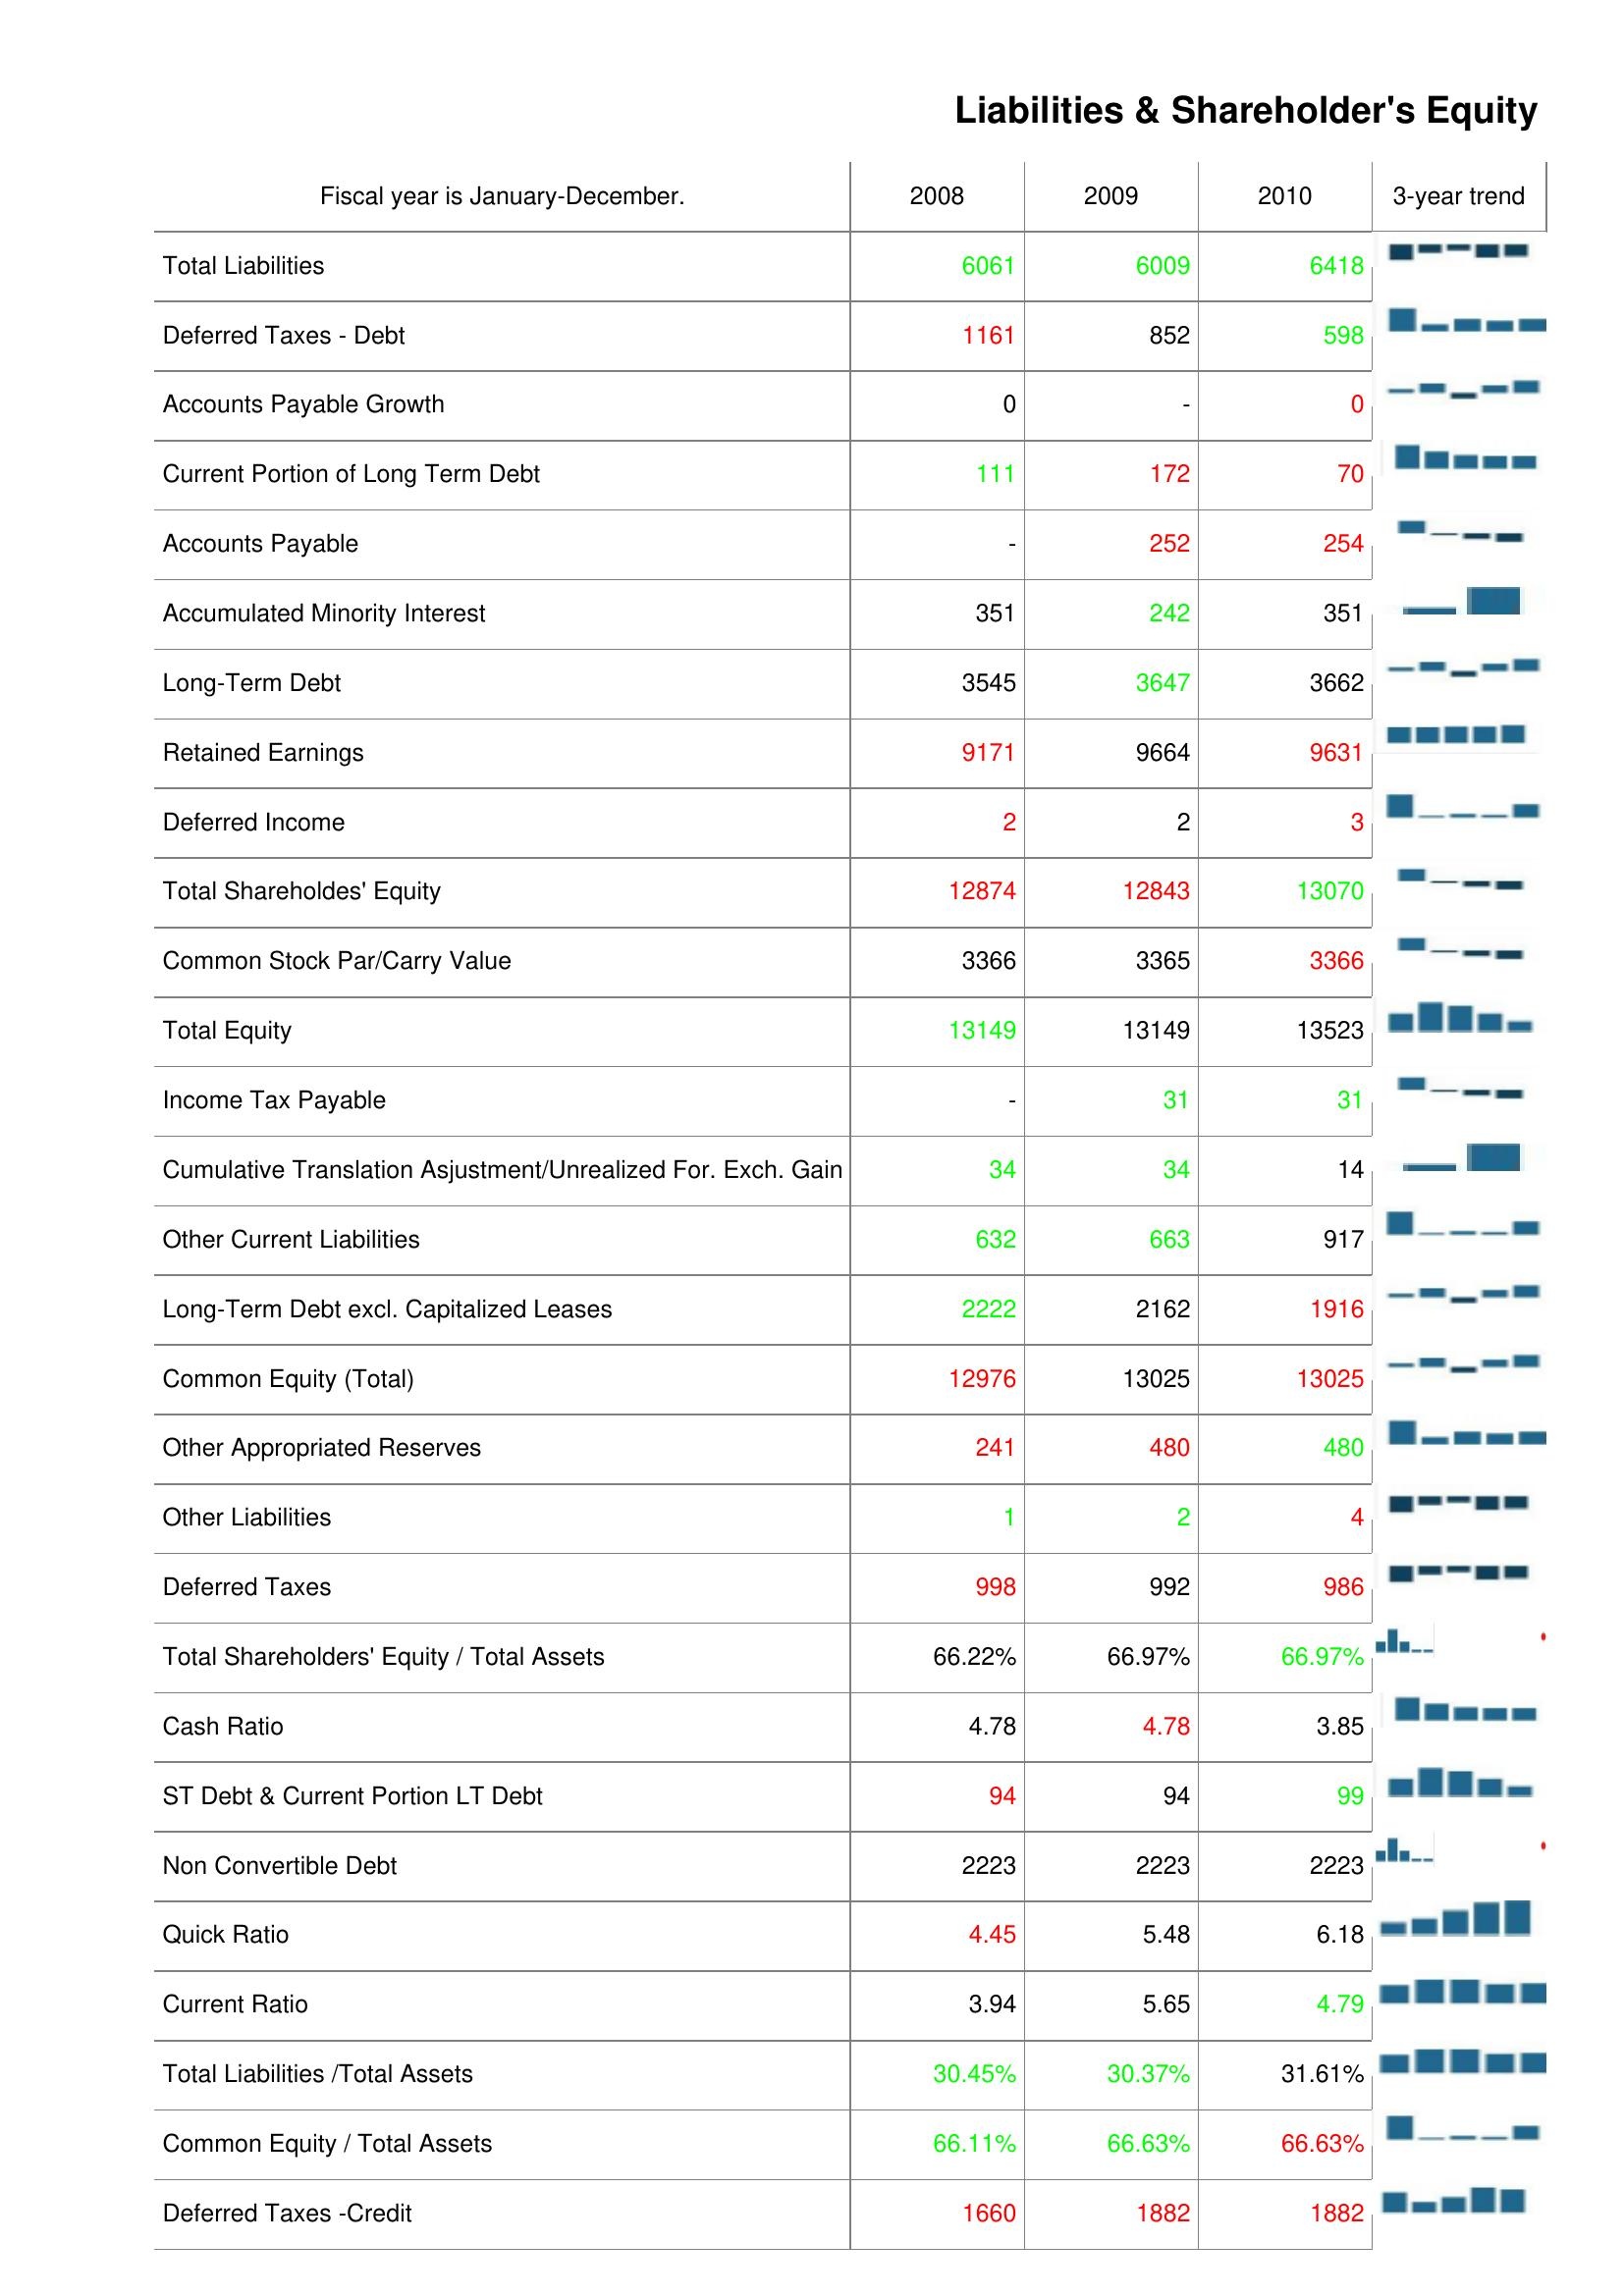
2008: Liabilities & Shareholder's Equity: Total Liabilities: 6061
Deferred Taxes - Debt: 1161
Accounts Payable Growth: 0
Current Portion of Long Term Debt: 111
Accounts Payable: -
Accumulated Minority Interest: 351
Long-Term Debt: 3545
Retained Earnings: 9171
Deferred Income: 2
Total Shareholdes' Equity: 12874
Common Stock Par/Carry Value: 3366
Total Equity: 13149
Income Tax Payable: -
Cumulative Translation Asjustment/Unrealized For. Exch. Gain: 34
Other Current Liabilities: 632
Long-Term Debt excl. Capitalized Leases: 2222
Common Equity (Total): 12976
Other Appropriated Reserves: 241
Other Liabilities: 1
Deferred Taxes: 998
Total Shareholders' Equity / Total Assets: 66.22%
Cash Ratio: 4.78
ST Debt & Current Portion LT Debt: 94
Non Convertible Debt: 2223
Quick Ratio: 4.45
Current Ratio: 3.94
Total Liabilities /Total Assets: 30.45%
Common Equity / Total Assets: 66.11%
Deferred Taxes -Credit: 1660
2009: Liabilities & Shareholder's Equity: Total Liabilities: 6009
Deferred Taxes - Debt: 852
Accounts Payable Growth: -
Current Portion of Long Term Debt: 172
Accounts Payable: 252
Accumulated Minority Interest: 242
Long-Term Debt: 3647
Retained Earnings: 9664
Deferred Income: 2
Total Shareholdes' Equity: 12843
Common Stock Par/Carry Value: 3365
Total Equity: 13149
Income Tax Payable: 31
Cumulative Translation Asjustment/Unrealized For. Exch. Gain: 34
Other Current Liabilities: 663
Long-Term Debt excl. Capitalized Leases: 2162
Common Equity (Total): 13025
Other Appropriated Reserves: 480
Other Liabilities: 2
Deferred Taxes: 992
Total Shareholders' Equity / Total Assets: 66.97%
Cash Ratio: 4.78
ST Debt & Current Portion LT Debt: 94
Non Convertible Debt: 2223
Quick Ratio: 5.48
Current Ratio: 5.65
Total Liabilities /Total Assets: 30.37%
Common Equity / Total Assets: 66.63%
Deferred Taxes -Credit: 1882
2010: Liabilities & Shareholder's Equity: Total Liabilities: 6418
Deferred Taxes - Debt: 598
Accounts Payable Growth: 0
Current Portion of Long Term Debt: 70
Accounts Payable: 254
Accumulated Minority Interest: 351
Long-Term Debt: 3662
Retained Earnings: 9631
Deferred Income: 3
Total Shareholdes' Equity: 13070
Common Stock Par/Carry Value: 3366
Total Equity: 13523
Income Tax Payable: 31
Cumulative Translation Asjustment/Unrealized For. Exch. Gain: 14
Other Current Liabilities: 917
Long-Term Debt excl. Capitalized Leases: 1916
Common Equity (Total): 13025
Other Appropriated Reserves: 480
Other Liabilities: 4
Deferred Taxes: 986
Total Shareholders' Equity / Total Assets: 66.97%
Cash Ratio: 3.85
ST Debt & Current Portion LT Debt: 99
Non Convertible Debt: 2223
Quick Ratio: 6.18
Current Ratio: 4.79
Total Liabilities /Total Assets: 31.61%
Common Equity / Total Assets: 66.63%
Deferred Taxes -Credit: 1882